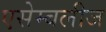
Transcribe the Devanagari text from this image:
एसेम्बलीज